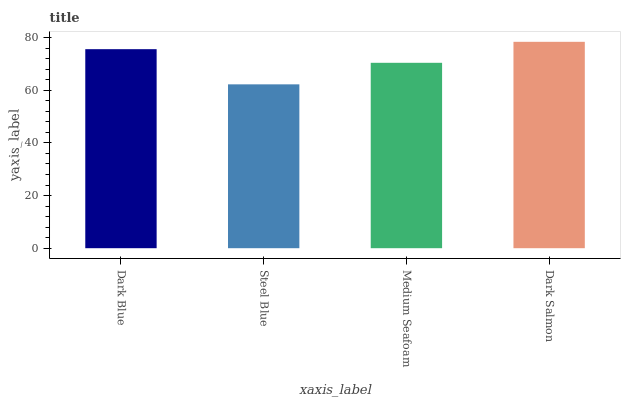
| xaxis_label | bars |
 | --- | --- |
 | Dark Blue | 75.6 |
 | Steel Blue | 62.3 |
 | Medium Seafoam | 70.5 |
 | Dark Salmon | 78.4 |